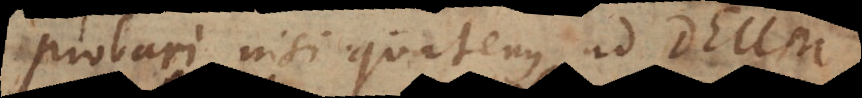
probari, nisi quatenus ad Deum